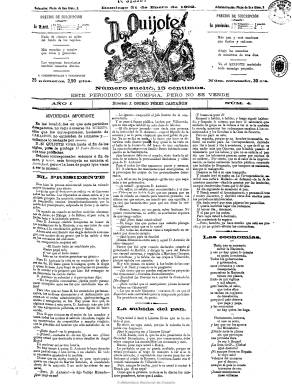
Título: Don Quijote (Madrid. 1892)
Colección: Revistas satíricas y humorísticas || Periódicos
Ámbito geográfico: Madrid
Lugar de publicación: Madrid
Fechas: 31/01/1892-26/12/1902

Con la leyenda “Este periódico se compra pero no se vende”, es una publicación satírica, irreverente y anticlerical fundada por el precursor de la caricatura política, el periodista y dibujante Eduardo Sojo (1849-1908). La dirigieron J. Osorio Pérez Castañón y Miguel Sawa (1867-1910). En ella publicaron escritores destacados, como Pío Baroja (1872-1952), Francisco Pi y Margall (1824-1901), Ramiro de Maeztu (1875-1936), Vicente Blasco Ibáñez (1967-1928), Jacinto Benavente (1866-1954), Rubén Darío (1867-1916), Alejandro Lerroux (1864-1949) y los hermanos Manuel y Antonio Machado.

De cuatro páginas e ilustrado, las dos interiores estaban dedicadas enteramente a las viñetas y  caricaturas, impresas en blanco y negro, y al final en color. Empezó a publicarse el nueve de enero de 1892 y aparecía semanalmente. Se estampó en varias imprentas. Sus textos no son muy extensos, tanto en prosa como en verso. Incluso contiene anuncios comerciales y una sección de “anuncios humorísticos”.

Entre sus colaboradores aparecen también Joaquín Dicenta (1863-1917), Alfredo Calderón (1850-1907), Juan Pérez Zúñiga (1860-1938), Luis Bonafoux (1855-1918), José Nakens (1841-1926), Vicente Medina (1866-1937), Vicente Rubio (-1910), José Fernández Bremón (1839-1910), Rodrigo Soriano (1868-1944), Ricardo de Mella (-1926)a y Pompeyo Gener (1848-1920).